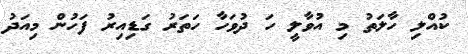
ކުއްލި ހާލަތު މި އުވާލީ ހަ ދުވަހާ ހަތަރު ގަޑިއިރު ފަހުން މިއަދު